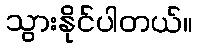
သွားနိုင်ပါတယ်။